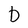
Character: b